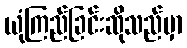
ယုံကြည်ခြင်းဆိုသည်မှာ